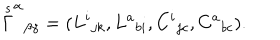
LaTeX: \stackrel { s } { \Gamma } ^ { \alpha } { } _ { \beta \gamma } = ( L ^ { i } { } _ { j k } , L ^ { a } { } _ { b i } , C ^ { i } { } _ { j c } , C ^ { a } { } _ { b c } ) .